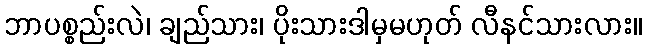
ဘာပစ္စည်းလဲ၊ ချည်သား၊ ပိုးသားဒါမှမဟုတ် လီနင်သားလား။